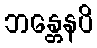
ဘန္တေနပိ